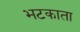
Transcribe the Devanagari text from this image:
भटकाता